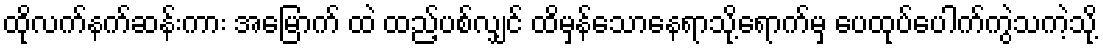
ထိုလက်နက်ဆန်းကား အမြောက် ထဲ ထည့်ပစ်လျှင် ထိမှန်သောနေရာသို့ရောက်မှ ပေထုပ်ပေါက်ကွဲသကဲ့သို့